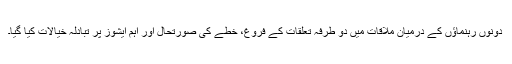
دونوں رہنماؤں کے درمیان ملاقات میں دو طرفہ تعلقات کے فروغ، خطے کی صورتحال اور اہم ایشوز پر تبادلہ خیالات کیا گیا۔